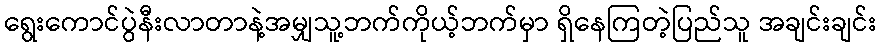
ရွေးကောင်ပွဲနီးလာတာနဲ့အမျှသူ့ဘက်ကိုယ့်ဘက်မှာ ရှိနေကြတဲ့ပြည်သူ အချင်းချင်း